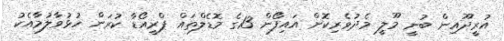
އުރީދޫއިން ބުނީ މޫލީ މެދުވެރިކޮށް އައިފޯން 13ގެ މޮޑެލްތައް ޕްރީއޯޑާ ކުރަން ހުޅުވާލުމާއެކު